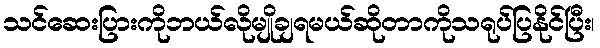
သင်ဆေးပြားကိုဘယ်လိုမျိုချရမယ်ဆိုတာကိုသရုပ်ပြနိုင်ပြီး၊